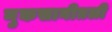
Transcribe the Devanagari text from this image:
नुकसानीतली